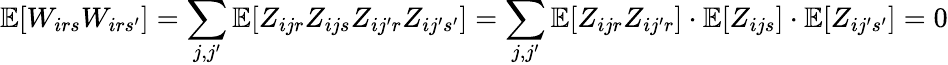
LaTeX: \mathbb{E}[W_{irs}W_{irs^{\prime}}]=\sum_{j,j^{\prime}}\mathbb{E}[Z_{ijr}Z_{ijs}Z_{ij^{\prime}r}Z_{ij^{\prime}s^{\prime}}]=\sum_{j,j^{\prime}}\mathbb{E}[Z_{ijr}Z_{ij^{\prime}r}]\cdot\mathbb{E}[Z_{ijs}]\cdot\mathbb{E}[Z_{ij^{\prime}s^{\prime}}]=0